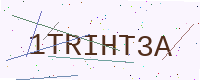
Text: 1TRIHT3A